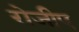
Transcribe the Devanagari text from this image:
रोजीए